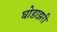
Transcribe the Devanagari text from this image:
घोडाझरी